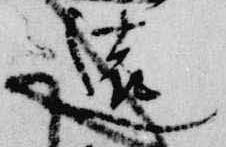
遠